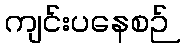
ကျင်းပနေစဉ်